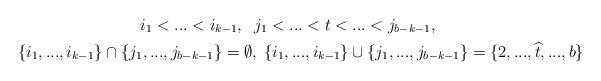
LaTeX: \begin{gather*}i_1<...<i_{k-1}, \; \; j_1<...<t<...<j_{b-k-1},\\ \{ i_1,...,i_{k-1} \} \cap \{ j_1,...,j_{b-k-1} \} = \emptyset, \; \{ i_1,...,i_{k-1} \} \cup \{ j_1,...,j_{b-k-1} \} = \{2,...,\widehat{t},...,b\} \end{gather*}